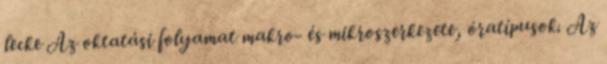
lecke Az oktatási folyamat makro- és mikroszerkezete, óratípusok. Az